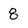
Character: 8